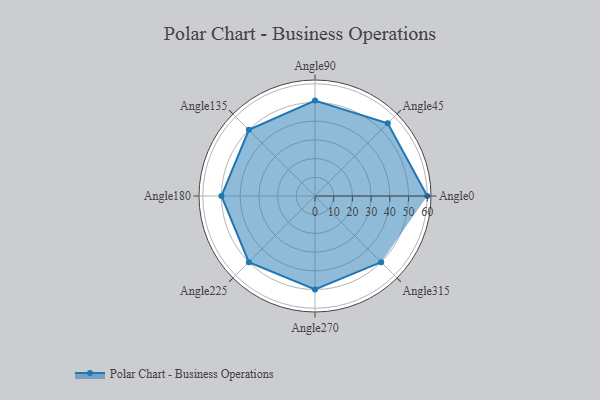
{"axis": {"x": "Angle", "y": "Radius"}, "legend": [""], "data": [{"x": "Angle0", "y": 60.0, "type": ""}, {"x": "Angle45", "y": 55.0, "type": ""}, {"x": "Angle90", "y": 51.0, "type": ""}, {"x": "Angle135", "y": 50, "type": ""}, {"x": "Angle180", "y": 50, "type": ""}, {"x": "Angle225", "y": 50, "type": ""}, {"x": "Angle270", "y": 50, "type": ""}, {"x": "Angle315", "y": 50, "type": ""}]}